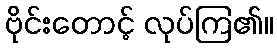
ဗိုင်းတောင့် လုပ်ကြ၏။